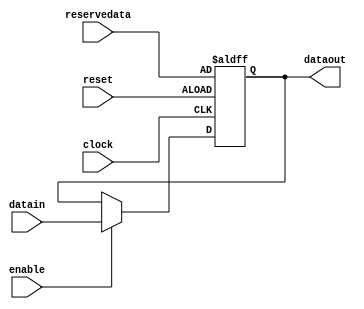
//use this clear and set dff to build the regfiles
module cendff
#(
parameter width=8
)
(
input clock,
input reset,
input enable,
input [width-1:0] reservedata,
input [width-1:0] datain,
output reg [width-1:0] dataout
);

always @(posedge clock or posedge reset)begin

	if(reset) begin
		dataout<=reservedata;
	end
	else if(enable)
		dataout<=datain;


end

endmodule